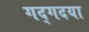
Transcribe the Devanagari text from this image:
गद्गदया